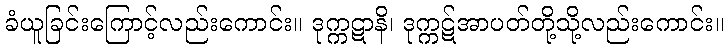
ခံယူခြင်းကြောင့်လည်းကောင်း။ ဒုက္ကဋာနိ၊ ဒုက္ကဋ်အာပတ်တို့သို့လည်းကောင်း။